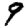
Digit: 9